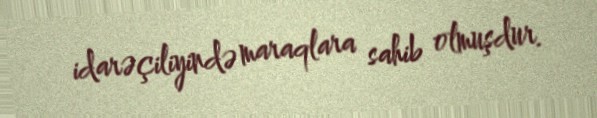
idarəçiliyində maraqlara sahib olmuşdur.